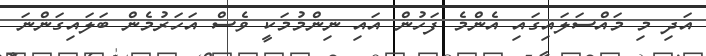
އަދި މި މައްސަލައިގައި އެންމެ ފަހުން އައި ނިންމުމަކީ ވެސް އަހަރުމެން ބަލައިގަންނަ